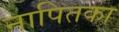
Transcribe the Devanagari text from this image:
नापितका